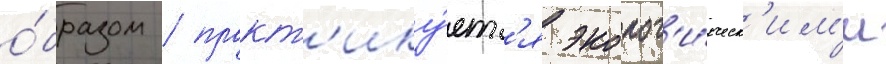
о́бразом / практ'ику́етс'я эколог'и́ческ'им'и